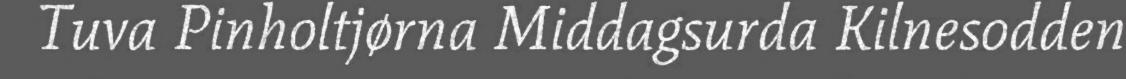
Tuva Pinholtjørna Middagsurda Kilnesodden